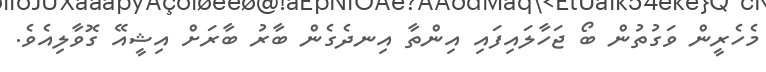
މެހެރީން ވަގުތުން ބޯ ޖަހާލައިފައި އިންތާ އިނދެގެން ބާރު ބާރަށް އިޝީއޭ ގޮވާލިއެވެ.